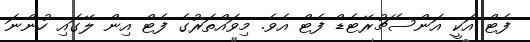
ފެޓް އަކީ އަންސެޗުރޭޓެޑް ފެޓް އެވެ. މިވައްތަރުގެ ފެޓް އިން ލޭގައި ހުންނަ